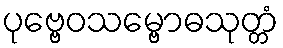
ပုဗ္ဗေဝသမ္ဗောဓသုတ္တံ